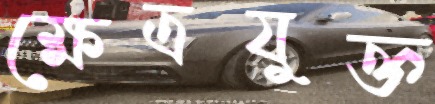
ক্ষেত্রযুক্ত